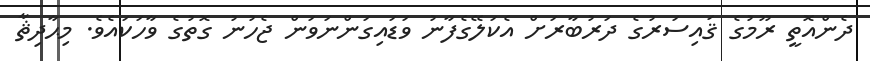
ދެންއޮތީ ރޫމުގެ ޤައިސަރުގެ ދަރުބާރަށް އެކަލޭގެފާނު ވަޑައިގަންނަވަން ޖެހުނު ގޮތުގެ ވާހަކައެވެ. މިޙާދިޘާ